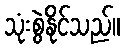
သုံးစွဲနိုင်သည်။